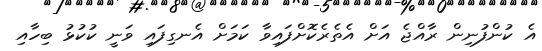
އެ ކުންފުނިން ރާއްޖެ އަށް އެތެރެކޮށްފައިވާ ކަމަށް އެނގިފައި ވަނީ ކުކުޅު ބިހާއި